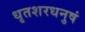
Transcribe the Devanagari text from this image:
धृतशरधनुषं